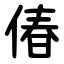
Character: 偆